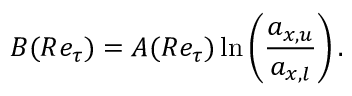
B ( R e _ { \tau } ) = A ( R e _ { \tau } ) \ln \left( \frac { a _ { x , u } } { a _ { x , l } } \right) .